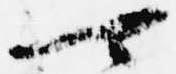
可